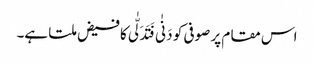
اس مقام پر صوفی کو دَنٰی فَتَدَلّٰی کا فیض ملتا ہے۔